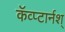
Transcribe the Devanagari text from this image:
कॅव्प्टार्नश्